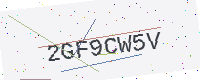
Text: 2GF9CW5V